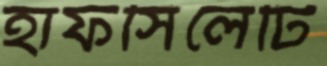
হাফসিলেটি